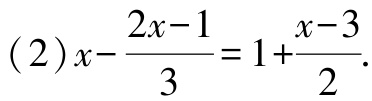
\((2)x - \frac{2x - 1}{3} = 1 + \frac{x - 3}{2}\)